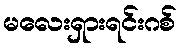
မလေးရှားရင်းဂစ်